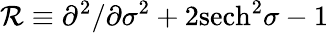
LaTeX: {\cal R}\equiv\partial^{2}/\partial\sigma^{2}+2\mathrm{sech}^{2}\sigma-1